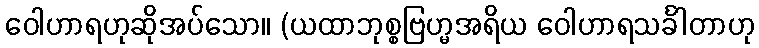
ဝေါဟာရဟုဆိုအပ်သော။ (ယထာဘုစ္စဗြဟ္မအရိယ ဝေါဟာရသင်္ခါတာဟု